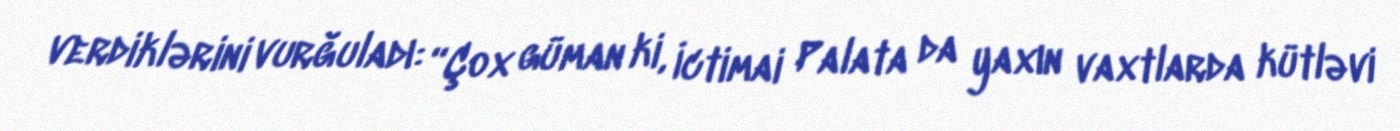
verdiklərini vurğuladı: “Çox güman ki, İctimai Palata da yaxın vaxtlarda kütləvi